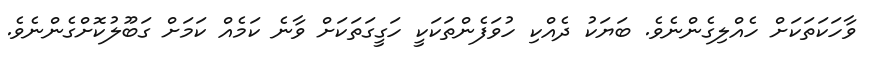
ވާހަކަތަކަށް ހެއްލިގެންނެވެ. ބަޔަކު ދެއްކި ހުވަފެންތަކަކީ ހަގީގަތަކަށް ވާނެ ކަމެއް ކަމަށް ގަބޫލުކޮށްގެންނެވެ.